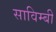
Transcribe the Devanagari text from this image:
साविम्बी